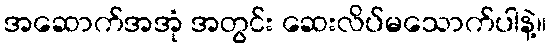
အဆောက်အအုံ အတွင်း ဆေးလိပ်မသောက်ပါနဲ့။